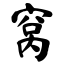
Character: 窝